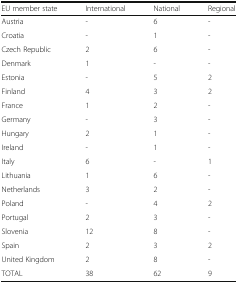
| EU member state | International | National | Regional |
 | --- | --- | --- | --- |
 | Austria | - | 6 | - |
 | Croatia | - | 1 | - |
 | Czech Republic | 2 | 6 | - |
 | Denmark | 1 | - | - |
 | Estonia | - | 5 | 2 |
 | Finland | 4 | 3 | 2 |
 | France | 1 | 2 | - |
 | Germany | - | 3 | - |
 | Hungary | 2 | 1 | - |
 | Ireland | - | 1 | - |
 | Italy | 6 | - | 1 |
 | Lithuania | 1 | 6 | - |
 | Netherlands | 3 | 2 | - |
 | Poland | - | 4 | 2 |
 | Portugal | 2 | 3 | - |
 | Slovenia | 12 | 8 | - |
 | Spain | 2 | 3 | 2 |
 | United Kingdom | 2 | 8 | - |
 | TOTAL | 38 | 62 | 9 |